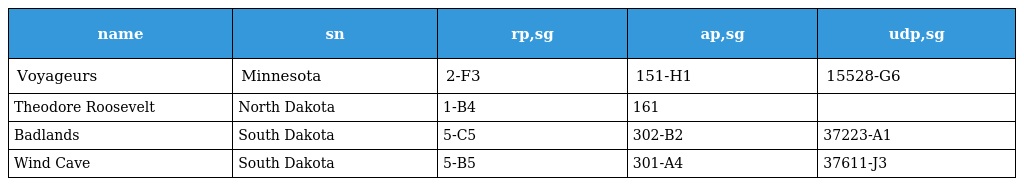
| name | sn | rp,sg | ap,sg | udp,sg |
 | --- | --- | --- | --- | --- |
 | Voyageurs | Minnesota | 2-F3 | 151-H1 | 15528-G6 |
 | Theodore Roosevelt | North Dakota | 1-B4 | 161 |  |
 | Badlands | South Dakota | 5-C5 | 302-B2 | 37223-A1 |
 | Wind Cave | South Dakota | 5-B5 | 301-A4 | 37611-J3 |